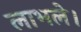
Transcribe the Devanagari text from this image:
लाभले।